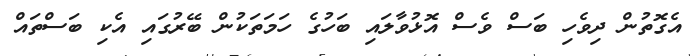
އެގޮތުން ދިވެހި ބަސް ވެސް އޮޅުވާލައި ބަހުގެ ހަމަތަކުން ބޭރުގައި އެކި ބަސްތައް